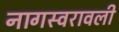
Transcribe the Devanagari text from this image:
नागस्वरावली